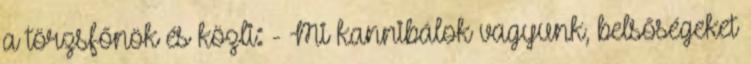
a törzsfőnök és közli: - Mi kannibálok vagyunk, belsőségeket